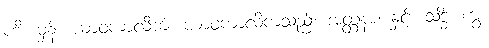
ဟိ၊ မှန်။ ယာဝကာလိကံ၊ ယာဝကာလိကသည်။ အတ္တနာ၊ နှင့်။ သဒ္ဓိံ၊ ကွ။